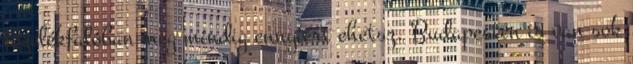
főzelékfalóban meg mindig ennyiért ehetsz. Budapesten is van sok